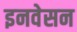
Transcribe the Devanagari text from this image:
इनवेसन